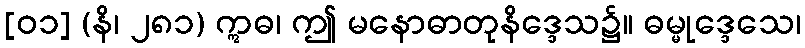
[၀၁] (နိ၊ ၂၈၁) ဣဓ၊ ဤ မနောဓာတုနိဒ္ဒေသ၌။ ဓမ္မုဒ္ဒေသေ၊